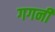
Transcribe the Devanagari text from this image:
गगनीं